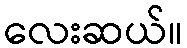
လေးဆယ်။